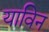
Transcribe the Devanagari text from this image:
याविन